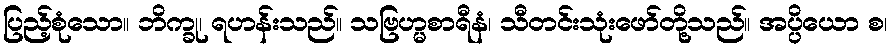
ပြည့်စုံသော။ ဘိက္ခု၊ ရဟန်းသည်။ သဗြဟ္မစာရီနံ၊ သီတင်းသုံးဖော်တို့သည်။ အပ္ပိယော စ၊